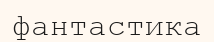
фантастика